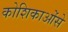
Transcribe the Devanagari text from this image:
कोशिकाओंसे